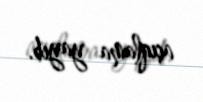
açıqlama yayıb.